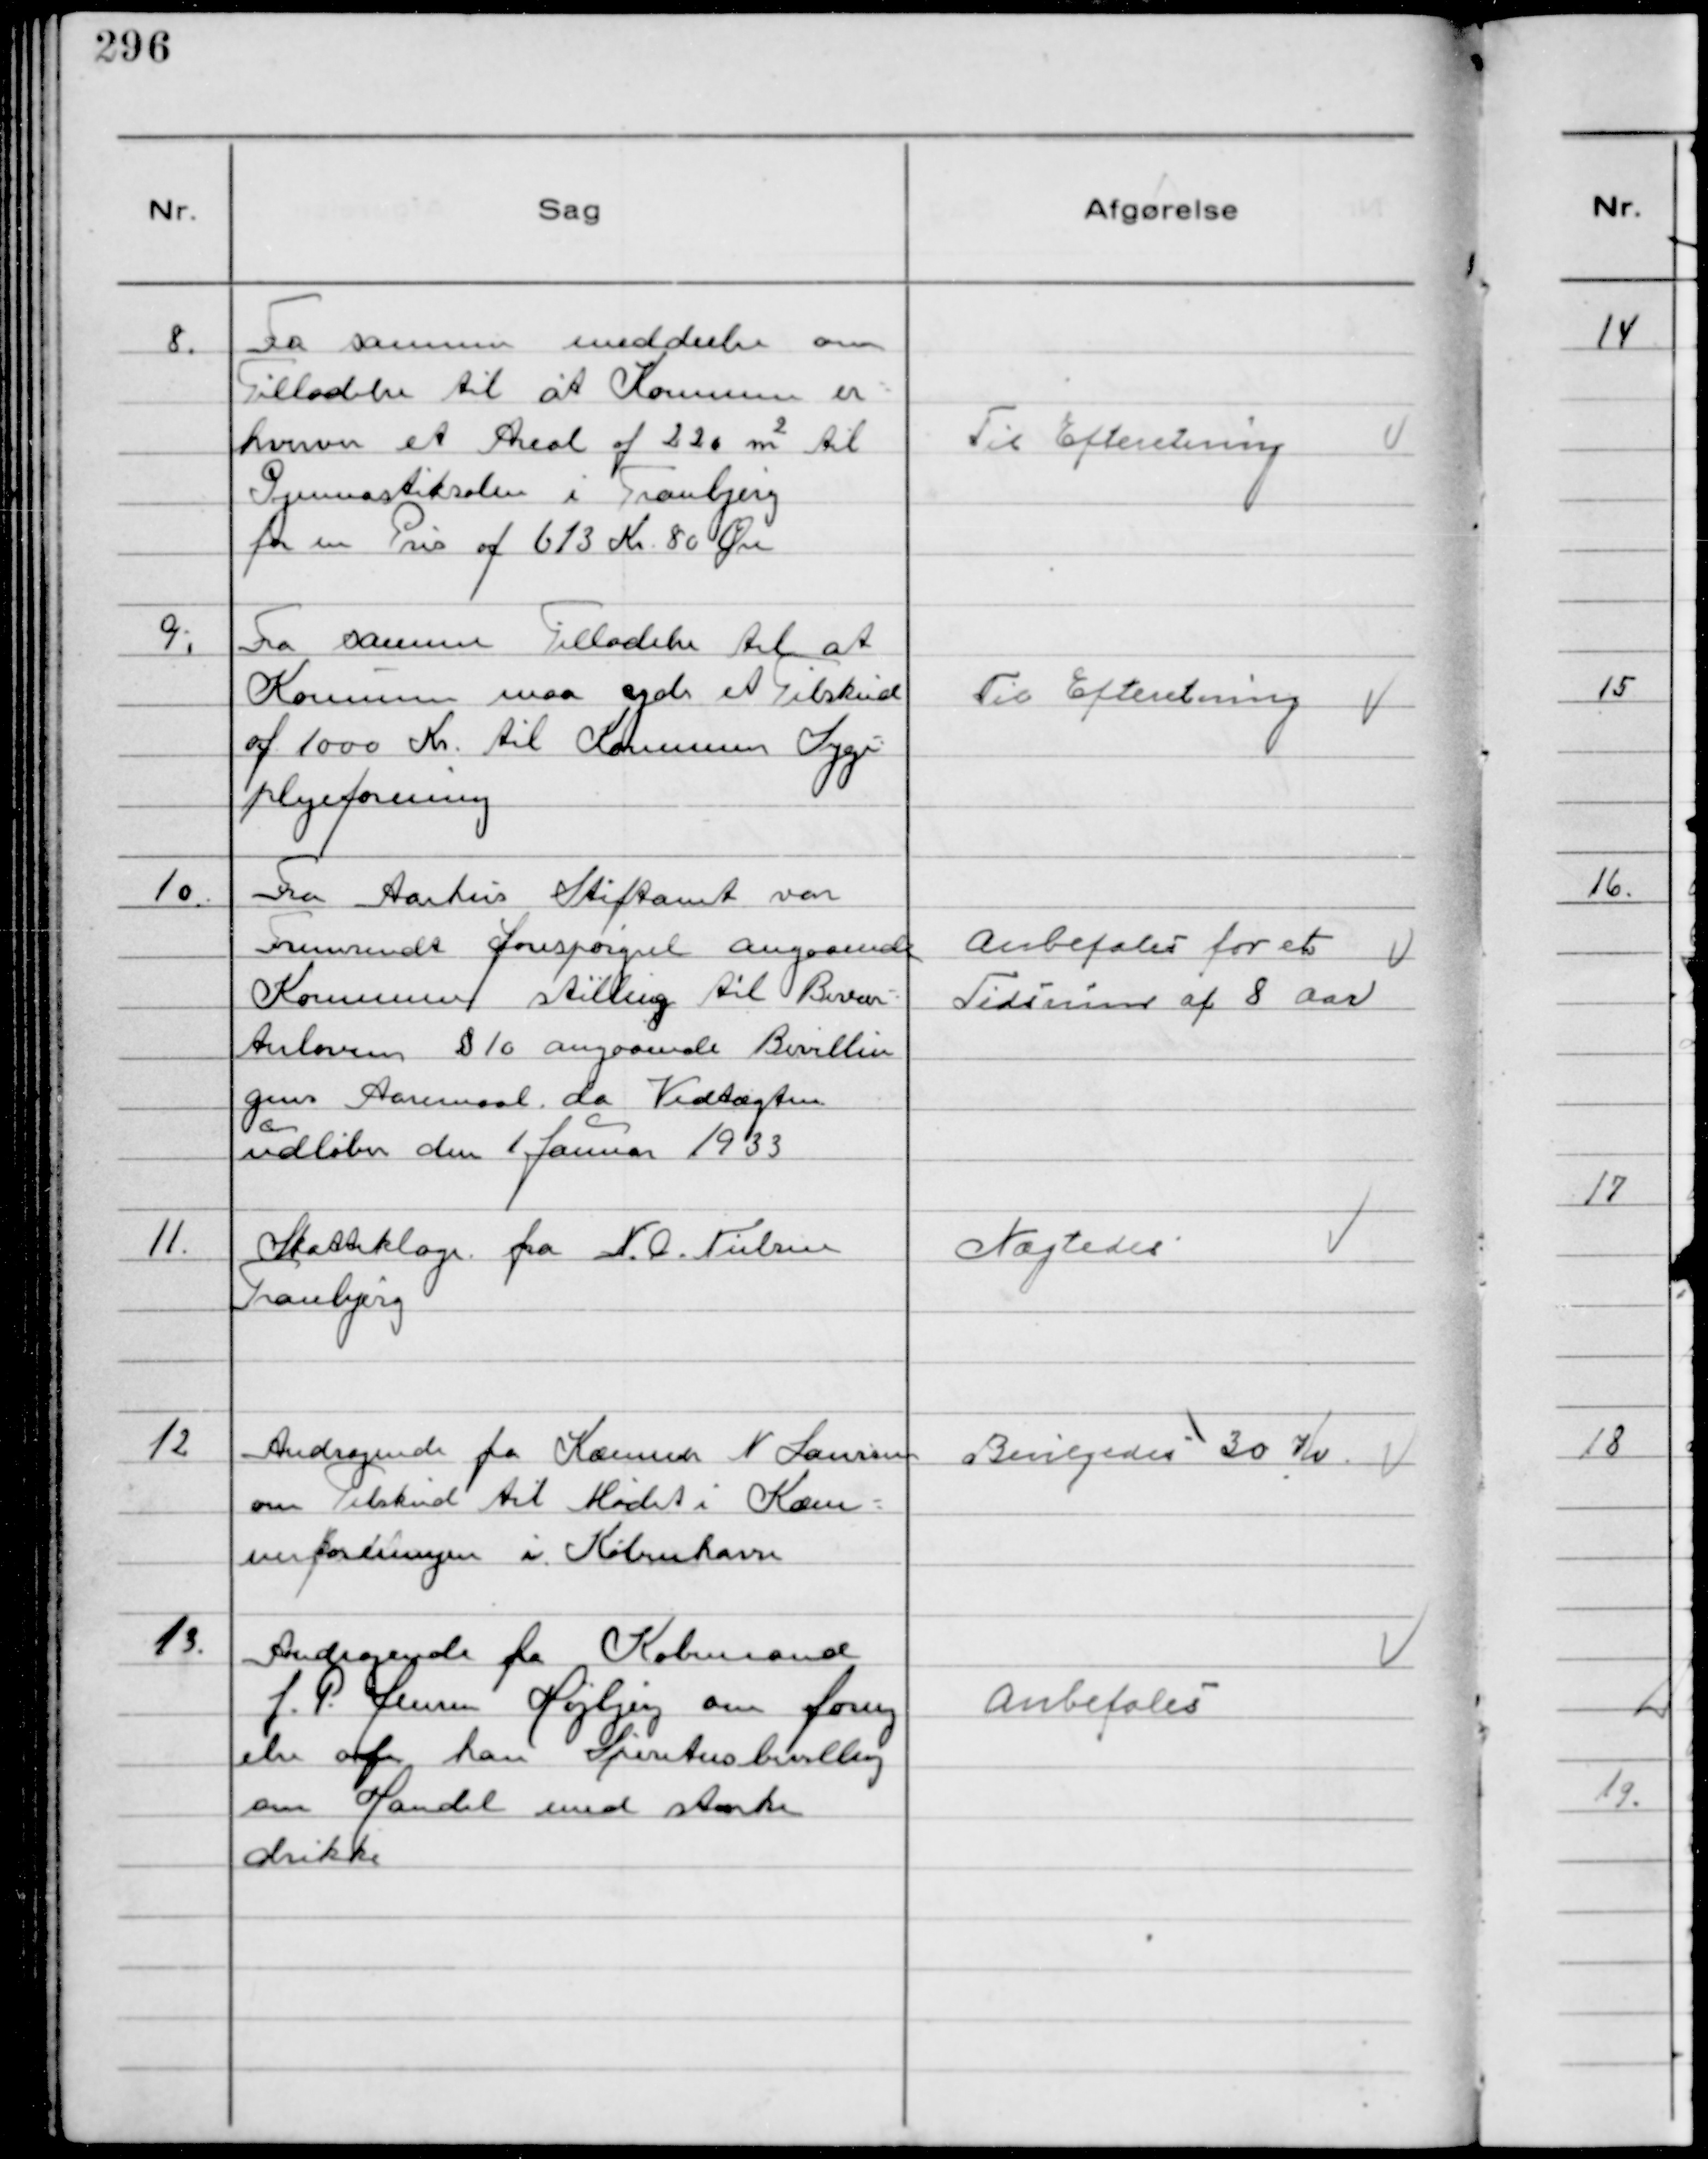
Transskription:
8.
Fra samme meddeelse om
Tilladelse til at Kommunen er-
hverver et Areal af 220 ㎡til
Gymnastiksalen i Tranbjerg
for en Pris af 613 Kr 80 Øre

Til Efteretning

9.
Fra samme Tilladelse til at
Kommunen maa yde et Tilskud
af 1000 Kr. til Kommunens Syge-
plejeforening

Til Efteretning

10.
Fra Aarhus Stiftamt var
Fremsendt forespørgsel angaaende
Kommunens stilling til Bevær-
terloven § 10 angaaende Bevillin
gens Aaremaal da Vedtægten
udløber den 1 Januar 1933

Anbefalet for et
Tidsrum af 8 Aar

11.
Skatteklage fra N. O. Nielsen
Tranbjerg

Nægtedes

12
Andragende fra Kæmner N Laursen
om Tilskud til Mødet i Kæm-
nerforeningen i København

Bevilgedes 30 Kr

13.
Andragende fra Købmand
J. P. Jensen Højbjerg om forny
else af han Spiritusbevilling
om Handel med stærke
drikke

Anbefales